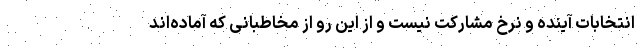
انتخابات آینده و نرخ مشارکت نیست و از این رو از مخاطبانی که آماده‌اند